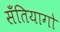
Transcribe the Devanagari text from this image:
सॅंतियागो